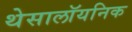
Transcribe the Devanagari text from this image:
थेसालॉयनिक